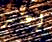
إعتبر